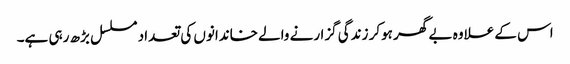
اس کے علاوہ بے گھر ہوکر زندگی گزارنے والے خاندانوں کی تعداد مسلسل بڑھ رہی ہے۔